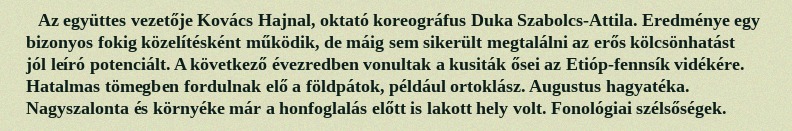
Az együttes vezetője Kovács Hajnal, oktató koreográfus Duka Szabolcs-Attila. Eredménye egy bizonyos fokig közelítésként működik, de máig sem sikerült megtalálni az erős kölcsönhatást jól leíró potenciált. A következő évezredben vonultak a kusiták ősei az Etióp-fennsík vidékére. Hatalmas tömegben fordulnak elő a földpátok, például ortoklász. Augustus hagyatéka. Nagyszalonta és környéke már a honfoglalás előtt is lakott hely volt. Fonológiai szélsőségek.